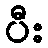
ပီး